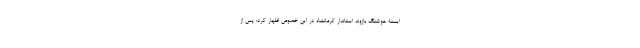
ایسنا؛ هوشنگ بازوند استاندار کرمانشاه در این خصوص اظهار کرد: پس از